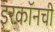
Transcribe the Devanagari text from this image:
इरकॉनची